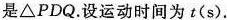
是△PDQ.设运动时间为t(s).